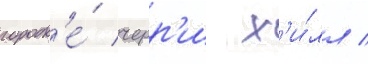
городк'е́ черр'и х'и́лл /